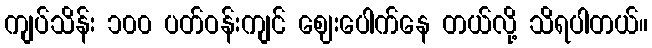
ကျပ်သိန်း ၁၀၀ ပတ်ဝန်းကျင် ဈေးပေါက်နေ တယ်လို့ သိရပါတယ်။